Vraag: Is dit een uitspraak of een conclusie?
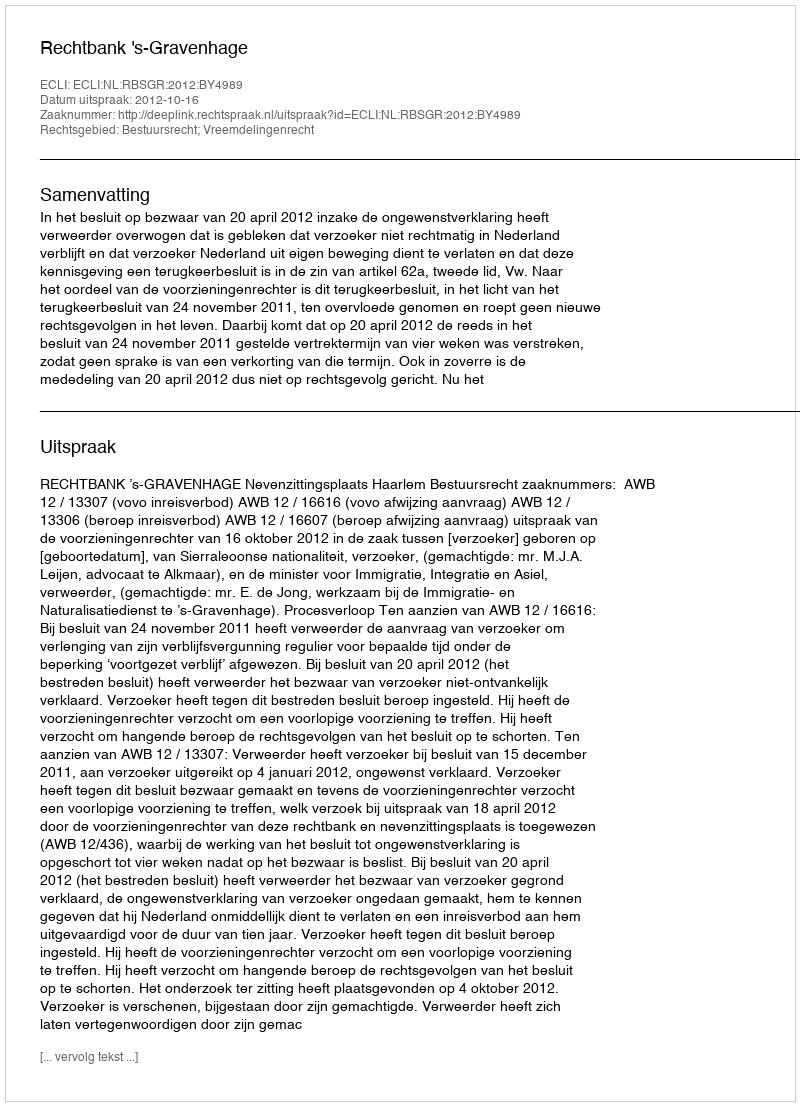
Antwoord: Uitspraak